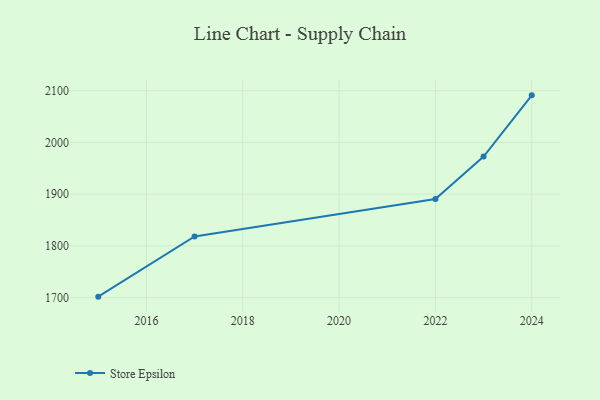
{"axis": {"x": "Year", "y": "Satisfaction Score"}, "legend": ["Store Epsilon"], "data": [{"x": "2024", "y": 2091.1, "type": "Store Epsilon"}, {"x": "2023", "y": 1972.7, "type": "Store Epsilon"}, {"x": "2022", "y": 1890.8, "type": "Store Epsilon"}, {"x": "2017", "y": 1818.3, "type": "Store Epsilon"}, {"x": "2015", "y": 1701.9, "type": "Store Epsilon"}]}